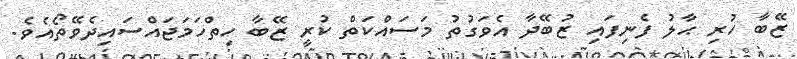
ޒޭބާ ހުރި ޙާލު ފެނިފައި ޒުބޭދާ އެވަގުތު މަސައްކަތް ކުރީ ޒޭބާ ހިތްހަމަޖައްސައިދެވޭތޯއެވެ.